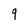
Character: 9